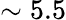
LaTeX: \sim 5.5